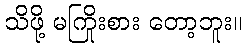
သိဖို့ မကြိုးစား တော့ဘူး။